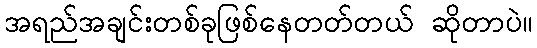
အရည်အချင်းတစ်ခုဖြစ်နေတတ်တယ် ဆိုတာပဲ။